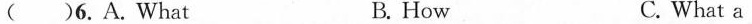
( )6. A. What B. How C. What a